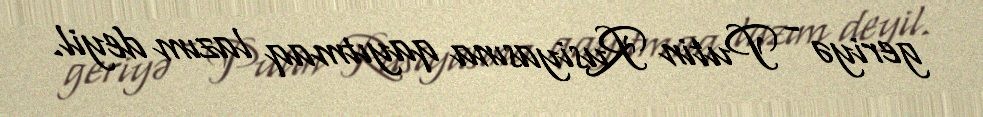
geriyə - Putin Rusiyasına qayıtmaq lazım deyil.